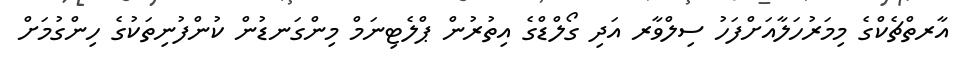
އާރތްޗެކްގެ މިމަރުހަލާއަށްފަހު ސިލްވާރ އަދި ގޯލްޑްގެ އިތުރުން ޕްލެޓިނަމް މިންގަނޑުން ކުންފުނިތަކުގެ ހިންގުމަށް